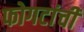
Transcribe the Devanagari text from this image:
फोगटांची